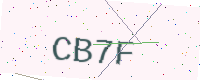
Text: CB7F